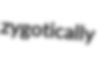
zygotically